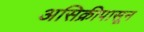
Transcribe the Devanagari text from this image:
असिक्रीपासून